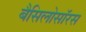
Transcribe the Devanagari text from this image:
बैसिलोसॉरस